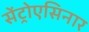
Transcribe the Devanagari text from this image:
सेंट्रोएसिनार